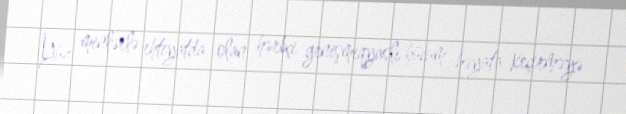
Yüz minlərlə ehtiyatda olan hərbçi genişmiqyaslı hücum həyata keçirməyə